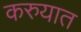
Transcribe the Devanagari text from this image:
करुयात